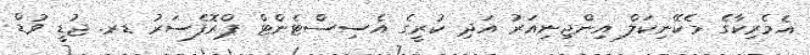
އެމެރިކާގެ މެކޭނިކަލް އިންޖިނިއަރު އަދި ކުރީގެ އެސިސްޓެންޓް ޕްރޮފެސަރު ޑރ. ޖުޑީ ވުޑް